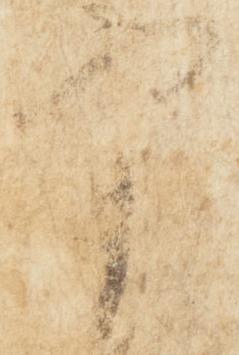
実